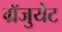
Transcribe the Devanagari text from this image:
ग्रॅजुयेट